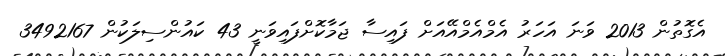
އެގޮތުން 2013 ވަނަ އަހަރު އެމްއެމްއޭއަށް ފައިސާ ޖަމާކޮށްފައިވަނީ 43 ކައުންސިލަކުން 3492167